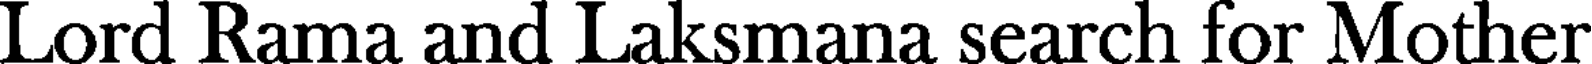
Lord Rama and Laksmana search for Mother